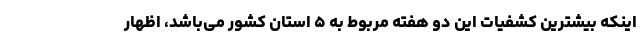
اینکه بیشترین کشفیات این دو هفته مربوط به ۵ استان کشور می‌باشد،‌ اظهار